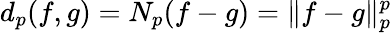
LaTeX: d_{p}(f,g)=N_{p}(f-g)=\| f-g\| _{p}^{p}